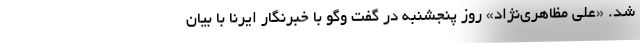
شد. «علی مظاهری‌نژاد» روز پنجشنبه در گفت وگو با خبرنگار ایرنا با بیان